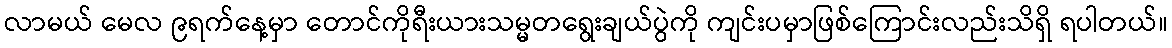
လာမယ် မေလ ၉ရက်နေ့မှာ တောင်ကိုရီးယားသမ္မတရွေးချယ်ပွဲကို ကျင်းပမှာဖြစ်ကြောင်းလည်းသိရှိ ရပါတယ်။